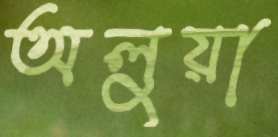
অলুয়া